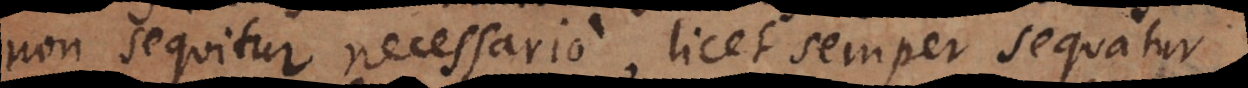
non sequitur necessario, licet semper sequatur